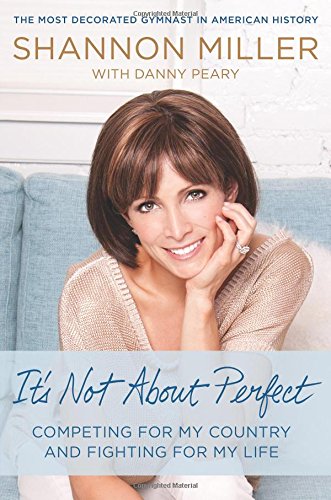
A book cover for It's Not About Perfect: Competing for My Country and Fighting for My Life; Shannon Miller; Sports & Outdoors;